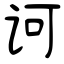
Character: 诃